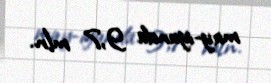
may-iyunda 9,7 mln.